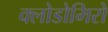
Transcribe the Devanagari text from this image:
क्लोडोमिरो